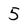
Character: 5